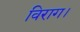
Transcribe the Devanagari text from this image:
विराग।